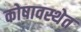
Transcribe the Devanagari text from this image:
कोषावस्थेत